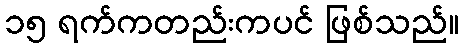
၁၅ ရက်ကတည်းကပင် ဖြစ်သည်။